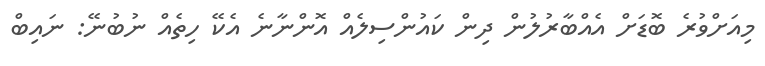
މިއަށްވުރެ ބޮޑަށް އެއްބާރުލުން ދިން ކައުންސިލެއް އޮންނާނެ އެކޭ ހިތެއް ނުބުނޭ: ނައިބް